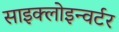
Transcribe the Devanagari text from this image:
साइक्लोइन्वर्टर